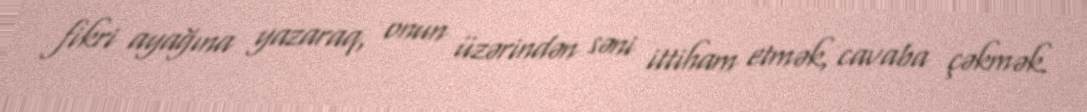
fikri ayağına yazaraq, onun üzərindən səni ittiham etmək, cavaba çəkmək.